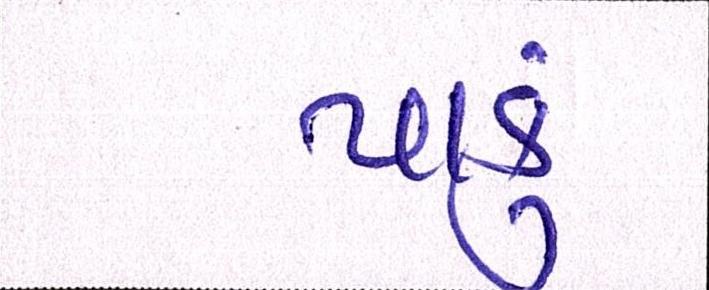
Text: પાકું